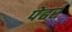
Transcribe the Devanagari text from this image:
पेढर